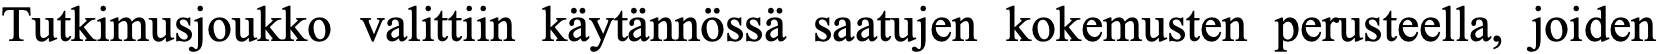
Tutkimusjoukko valittiin käytännössä saatujen kokemusten perusteella, joiden